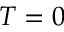
T = 0